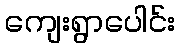
ကျေးရွာပေါင်း